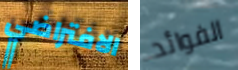
الافتراضي الفوائد